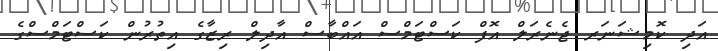
އަދި ކޮމިޝަނަރ ޖެނެރަލް އޮފް ކަސްޓަމްސް އައްބާސް އާދިލް ރިޒާގެ އިތުރުން ކަސްޓަމްސްގެ